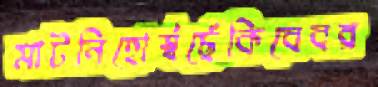
মাটনিহোর্স্বছেঁকিবেবর